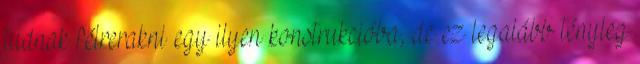
tudnak félrerakni egy ilyen konstrukcióba, de ez legalább tényleg